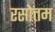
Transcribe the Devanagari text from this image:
रसोत्तम